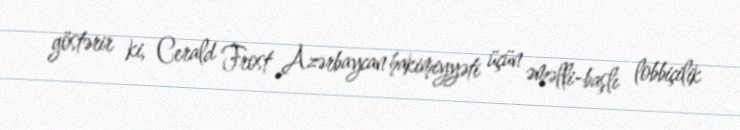
göstərir ki, Cerald Frost Azərbaycan hakimiyyəti üçün əməlli-başlı lobbiçilik